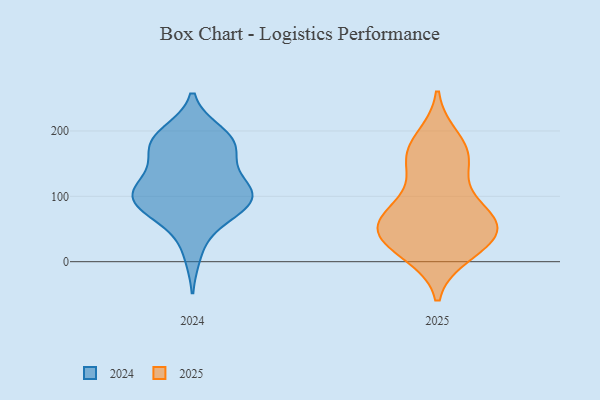
{"axis": {"x": "Churn Rate (%)", "y": "Value"}, "legend": ["2024", "2025"], "data": [{"x": "", "y": 40, "type": "2025"}, {"x": "", "y": 186, "type": "2025"}, {"x": "", "y": 41, "type": "2025"}, {"x": "", "y": 59, "type": "2025"}, {"x": "", "y": 162, "type": "2025"}, {"x": "", "y": 26, "type": "2025"}, {"x": "", "y": 159, "type": "2025"}, {"x": "", "y": 80, "type": "2025"}, {"x": "", "y": 79, "type": "2025"}, {"x": "", "y": 43, "type": "2025"}, {"x": "", "y": 151, "type": "2025"}, {"x": "", "y": 15, "type": "2025"}, {"x": "", "y": 68, "type": "2025"}, {"x": "", "y": 67, "type": "2024"}, {"x": "", "y": 181, "type": "2024"}, {"x": "", "y": 88, "type": "2024"}, {"x": "", "y": 173, "type": "2024"}, {"x": "", "y": 106, "type": "2024"}, {"x": "", "y": 12, "type": "2024"}, {"x": "", "y": 116, "type": "2024"}, {"x": "", "y": 91, "type": "2024"}, {"x": "", "y": 115, "type": "2024"}, {"x": "", "y": 193, "type": "2024"}, {"x": "", "y": 124, "type": "2024"}, {"x": "", "y": 153, "type": "2024"}, {"x": "", "y": 173, "type": "2024"}, {"x": "", "y": 93, "type": "2024"}, {"x": "", "y": 63, "type": "2024"}, {"x": "", "y": 97, "type": "2024"}, {"x": "", "y": 185, "type": "2024"}, {"x": "", "y": 99, "type": "2024"}, {"x": "", "y": 197, "type": "2024"}]}